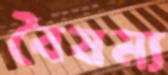
বৈষম্য